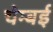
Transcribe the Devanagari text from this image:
चेम्बई